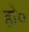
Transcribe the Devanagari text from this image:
हो०